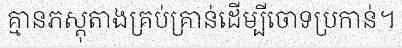
គ្មានភស្តុតាងគ្រប់គ្រាន់ដើម្បីចោទប្រកាន់។